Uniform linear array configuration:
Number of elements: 4
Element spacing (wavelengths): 0.5
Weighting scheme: hann
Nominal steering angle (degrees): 30
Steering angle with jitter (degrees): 28.445
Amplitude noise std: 0.05
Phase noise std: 0.05

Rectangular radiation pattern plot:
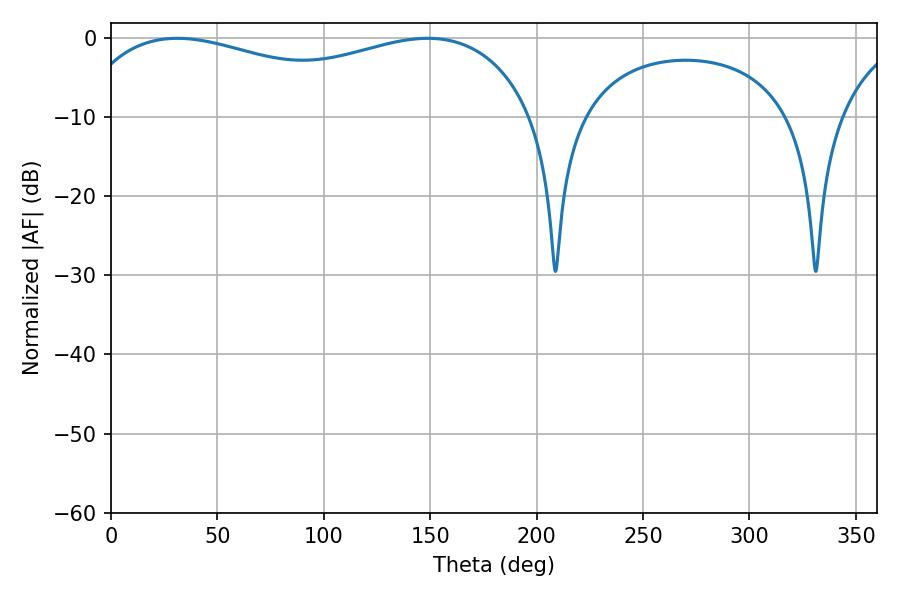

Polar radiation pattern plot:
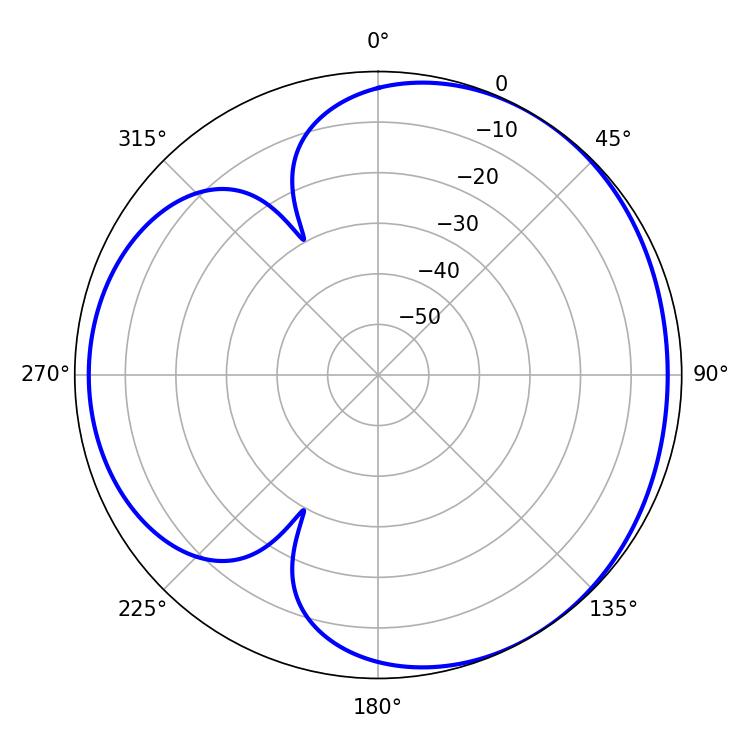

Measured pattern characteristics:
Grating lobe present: FALSE
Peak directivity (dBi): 3.508
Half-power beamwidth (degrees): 177.84
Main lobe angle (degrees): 31.14